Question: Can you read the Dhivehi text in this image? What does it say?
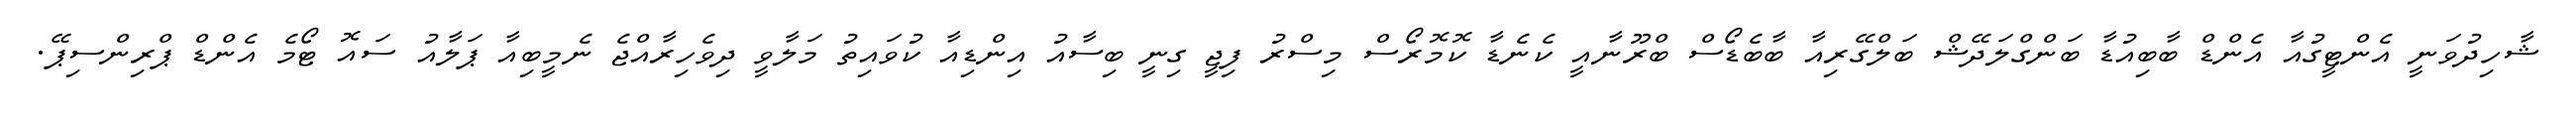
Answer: ޝާހިދުވަނީ އެންޓީގުއާ އެންޑް ބާބިއުޑާ ބަންގްލަދޭޝް ބަލްގޭރިއާ ބާބެޑޯސް ބްރޫނާއީ ކެނެޑާ ކޮމޮރޯސް މިސްރު ފިޖީ ގިނީ ބިސާއު އިންޑިއާ ކުވައިތު މަލާވީ ދިވެހިރާއްޖެ ނެމީބިއާ ޕަލާއު ސައޮ ޓޯމެ އެންޑް ޕްރިންސިޕޭ.